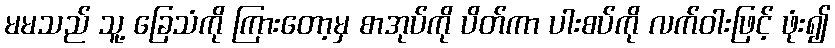
မမသည် သူ့ ခြေသံကို ကြားတော့မှ စာအုပ်ကို ပိတ်ကာ ပါးစပ်ကို လက်ဝါးဖြင့် ဖုံး၍